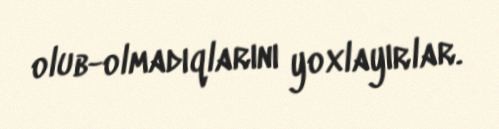
olub-olmadıqlarını yoxlayırlar.